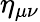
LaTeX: \eta_{\mu\nu}